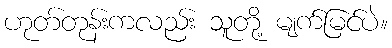
ဟုတ်တုန်းကလည်း သူတို့ မျက်မြင်ပဲ။